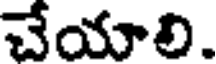
చేయాలి.